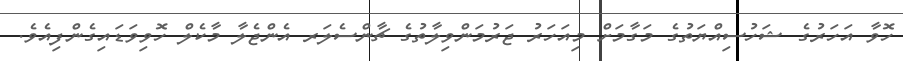
ހޮވާ އަހަރުގެ ޝަހުސިއްޔަތުގެ މަގާމަށް މިއަހަރު ޖަރުމަންވިލާތުގެ ޗާންސެލަރ އެންޖެލާ މާކެލް ހޮވިވަޑައިގެންފިއެވެ.